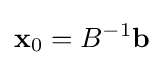
\mathbf {x} _{0}=B^{-1}\mathbf {b}